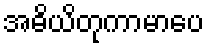
အဓိယိတုကာမာပေ